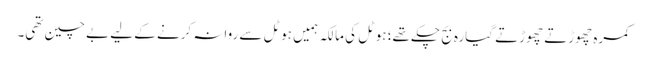
کمرہ چھوڑتے چھوڑتے گیارہ بج چکے تھے؛ ہوٹل کی مالکہ ہمیں ہوٹل سے روانہ کرنے کے لیے بے چین تھی۔